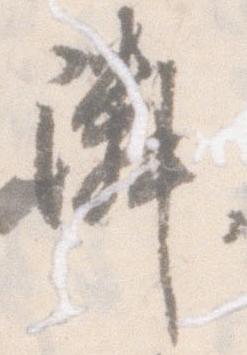
隣